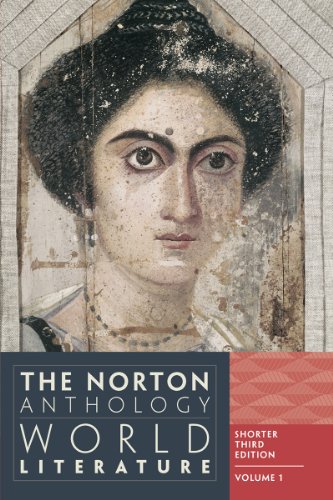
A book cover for The Norton Anthology of World Literature (Shorter Third Edition)  (Vol. 1); Literature & Fiction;